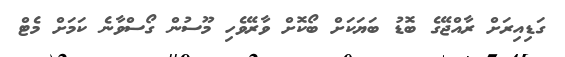
ގަޑިއިރަށް ރާއްޖޭގެ ބޮޑު ބަޔަކަށް ބޯކޮށް ވާރޭވެހި މޫސުން ގޯސްވާނެ ކަމަށް މެޓް